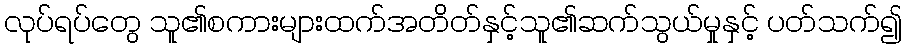
လုပ်ရပ်တွေ သူ၏စကားများထက်အတိတ်နှင့်သူ၏ဆက်သွယ်မှုနှင့် ပတ်သက်၍